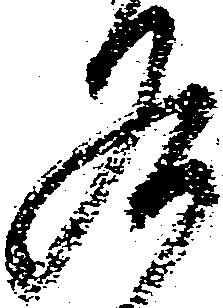
各